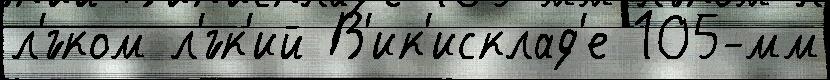
л'́гком л'́гк'ий В'ик'исклад'е 105-мм